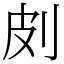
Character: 㓟